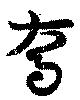
喬